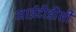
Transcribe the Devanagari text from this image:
आईटीडीसी